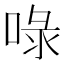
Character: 㖨